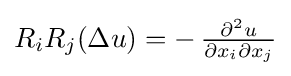
R_{i}R_{j}(\Delta u)=-\,{\tfrac {\partial ^{2}u}{\partial x_{i}\partial x_{j}}}